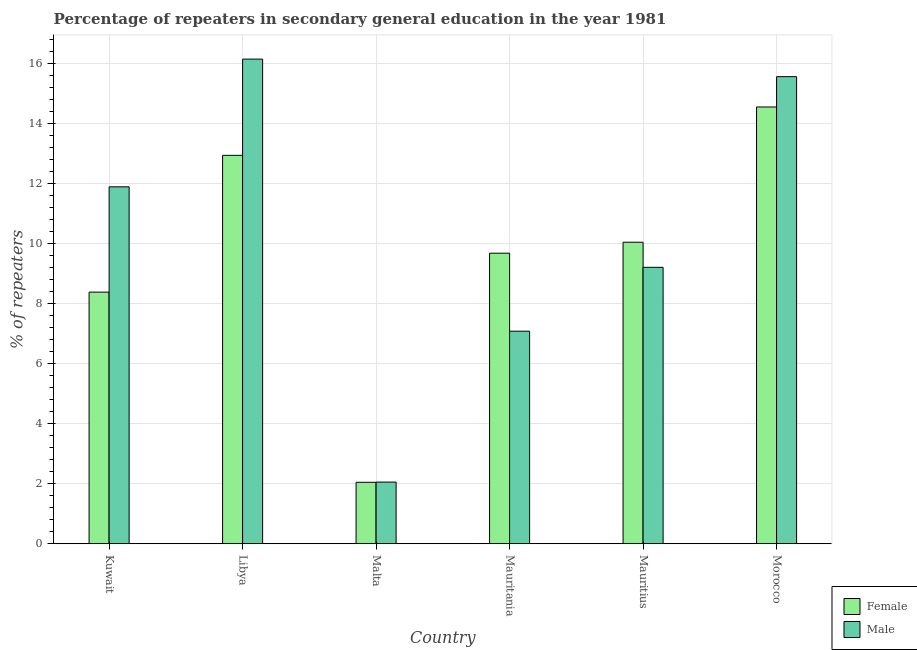
| Country | Female | Male |
 | --- | --- | --- |
 | Kuwait | 8.38 | 11.9 |
 | Libya | 12.9 | 16.1 |
 | Malta | 2.05 | 2.05 |
 | Mauritania | 9.67 | 7.08 |
 | Mauritius | 10 | 9.2 |
 | Morocco | 14.5 | 15.5 |